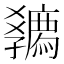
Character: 𡦴